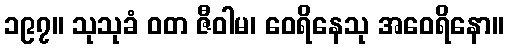
၁၉၇။ သုသုခံ ဝတ ဇီဝါမ၊ ဝေရိနေသု အဝေရိနော။